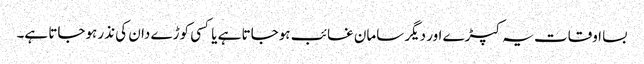
بسا اوقات یہ کپڑے اور دیگر سامان غائب ہوجاتا ہے یا کسی کوڑے دان کی نذر ہوجاتا ہے۔